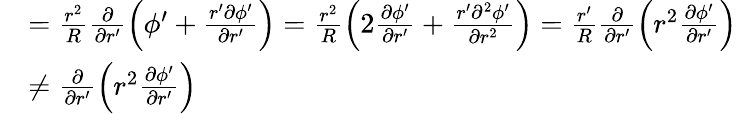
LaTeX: \begin{array}{rl}&{=\frac{r^{2}}{R}\frac{\partial}{\partial r^{\prime}}\left(\phi^{\prime}+\frac{r^{\prime}\partial\phi^{\prime}}{\partial r^{\prime}}\right)=\frac{r^{2}}{R}\left(2\frac{\partial\phi^{\prime}}{\partial r^{\prime}}+\frac{r^{\prime}\partial^{2}\phi^{\prime}}{\partial r^{2}}\right)=\frac{r^{\prime}}{R}\frac{\partial}{\partial r^{\prime}}\left(r^{2}\frac{\partial\phi^{\prime}}{\partial r^{\prime}}\right)}\\ &{\neq\frac{\partial}{\partial r^{\prime}}\left(r^{2}\frac{\partial\phi^{\prime}}{\partial r^{\prime}}\right)}\end{array}